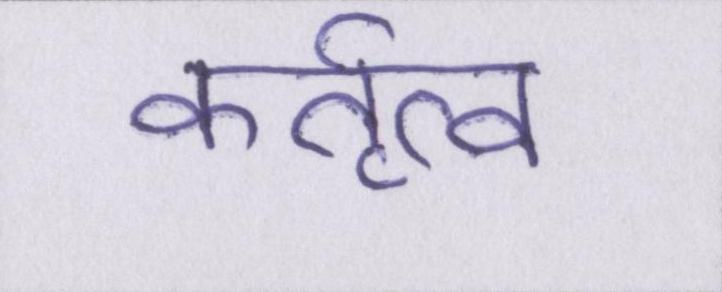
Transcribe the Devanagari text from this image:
कर्तृत्व